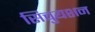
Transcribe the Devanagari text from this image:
सिचुयशन